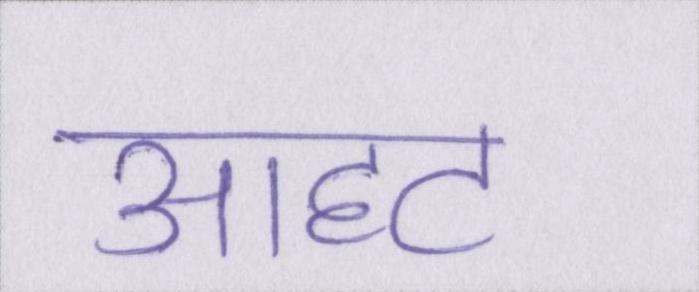
आहट